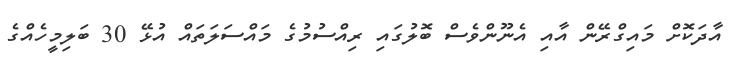
އާދަކޮށް މައިގްރޭން އާއި އެނޫންވެސް ބޮލުގައި ރިއްސުމުގެ މައްސަލަތައް އުޅޭ 30 ބަލިމީހެއްގެ